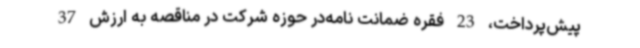
پیش‌پرداخت، 23 فقره ضمانت نامه‌در حوزه شرکت در مناقصه به ارزش 37